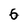
Character: 6